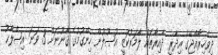
ދިވެހިރާއްޖޭގެ އިދާރީ ދާއިރާތައް ލާމަރުކަޒީ އުޞޫލުން ހިންގުމުގެ ޤާނޫނަށް 3 ވަނަ އިޞްލާޙު